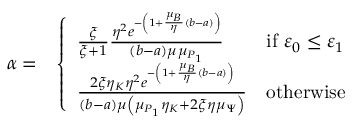
\begin{array} { r l } { \alpha = } & { \left\{ \begin{array} { l l } { \frac { \xi } { \xi + 1 } \frac { \eta _ { \L } ^ { 2 } e ^ { - \left( 1 + \frac { \mu _ { B } } { \eta _ { \L } } ( b - a ) \right) } } { ( b - a ) \mu _ { \L } \mu _ { P _ { 1 } } } } & { \mathrm { i f } ~ \varepsilon _ { 0 } \leq \varepsilon _ { 1 } } \\ { \frac { 2 \xi \eta _ { K } \eta _ { \L } ^ { 2 } e ^ { - \left( 1 + \frac { \mu _ { B } } { \eta _ { \L } } ( b - a ) \right) } } { ( b - a ) \mu _ { \L } \left( \mu _ { P _ { 1 } } \eta _ { K } + 2 \xi \eta _ { \L } \mu _ { \Psi } \right) } } & { \mathrm { o t h e r w i s e } } \end{array} \right. } \end{array}